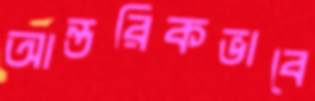
আন্তরিকভাবে